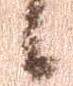
候